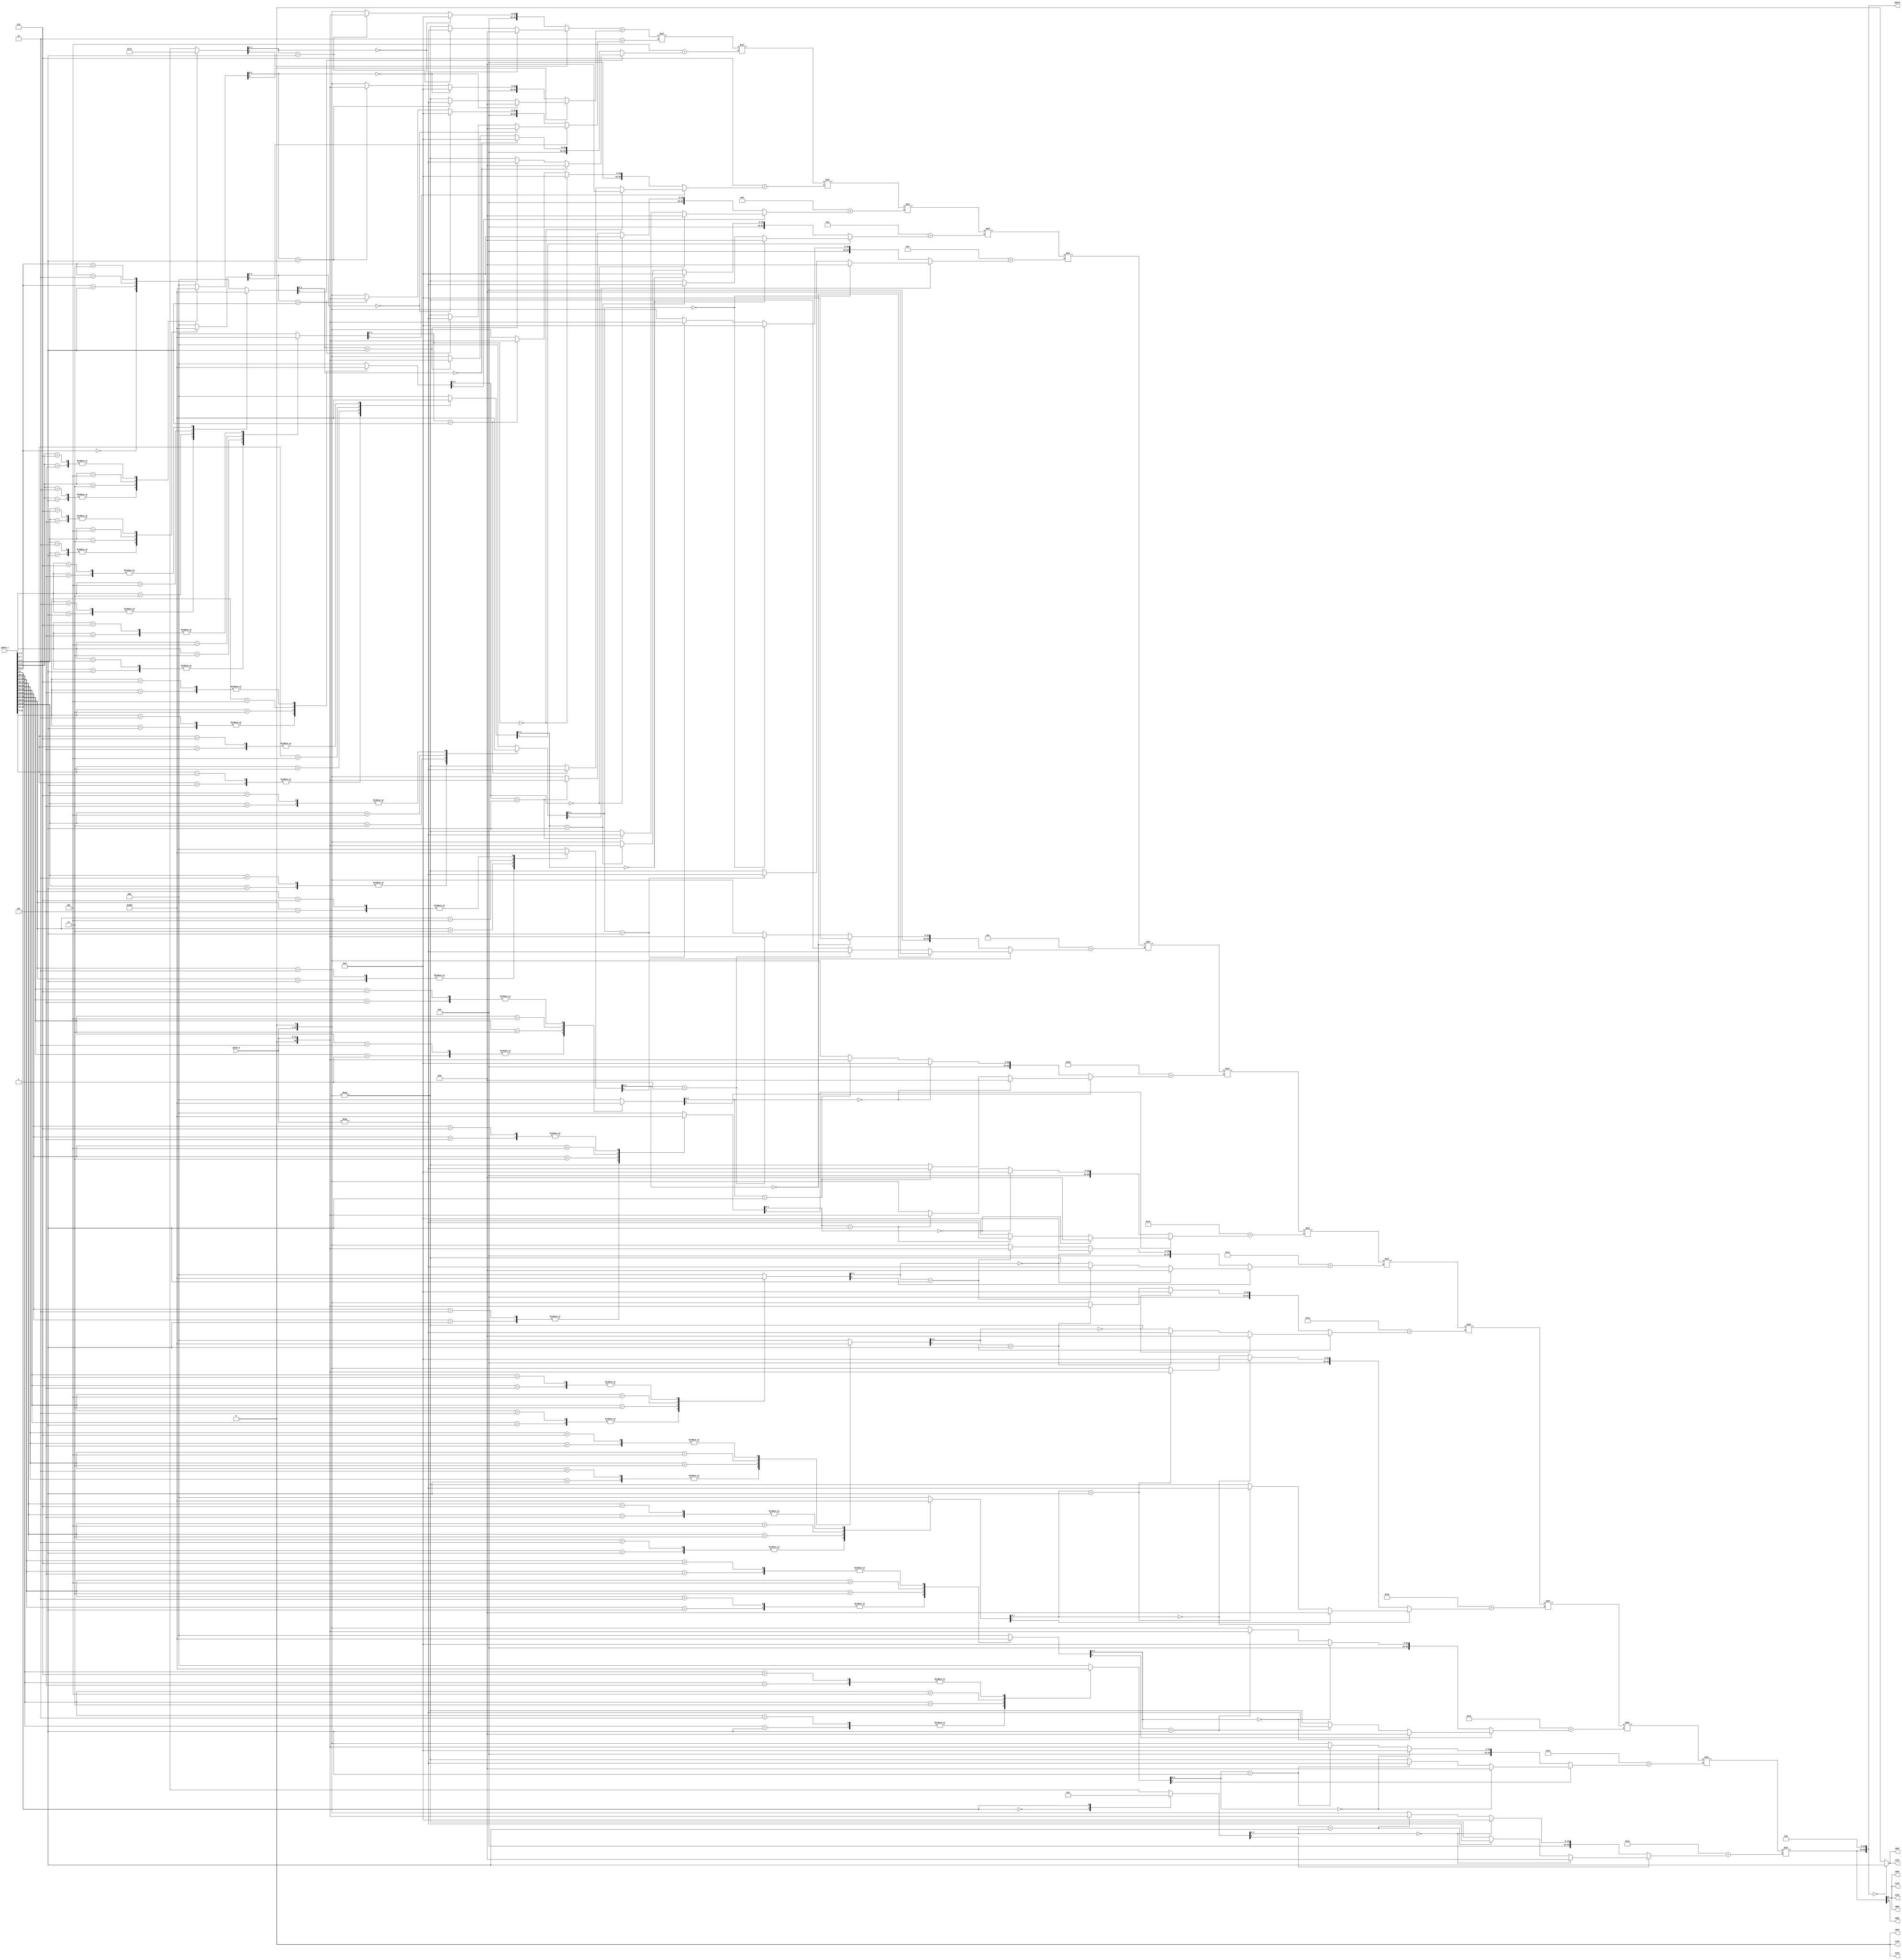
module execute_mul_booth32(
		//iDATA
		input wire [31:0] iDATA_0,
		input wire [31:0] iDATA_1,
		//oDATA
		output wire [63:0] oDATA,
		output wire oHSF,
		output wire oHOF,				
		output wire oHCF,
		output wire oHPF,
		output wire oHZF,
		output wire oLSF,
		output wire oLOF,				
		output wire oLCF,
		output wire oLPF,
		output wire oLZF
	);
				

	/****************************************
	wire
	****************************************/
	wire [63:0] w_tmp_out;
	wire [63:0] w0_tmp;
	wire [63:0] w1_tmp;
	wire [63:0] w2_tmp;
	wire [63:0] w3_tmp;
	wire [63:0] w4_tmp;
	wire [63:0] w5_tmp;
	wire [63:0] w6_tmp;
	wire [63:0] w7_tmp;
	wire [63:0] w8_tmp;
	wire [63:0] w9_tmp;
	wire [63:0] w10_tmp;
	wire [63:0] w11_tmp;
	wire [63:0] w12_tmp;
	wire [63:0] w13_tmp;
	wire [63:0] w14_tmp;
	wire [63:0] w15_tmp;
	wire [63:0] w16_tmp;


	/****************************************
	Booth - Encoder
	****************************************/
	assign w0_tmp = func_booth_algorithm(iDATA_0, iDATA_1[1], iDATA_1[0], 1'b0);
	assign w1_tmp = func_booth_algorithm(iDATA_0, iDATA_1[3], iDATA_1[2], iDATA_1[1]);
	assign w2_tmp = func_booth_algorithm(iDATA_0, iDATA_1[5], iDATA_1[4], iDATA_1[3]);
	assign w3_tmp = func_booth_algorithm(iDATA_0, iDATA_1[7], iDATA_1[6], iDATA_1[5]);
	assign w4_tmp = func_booth_algorithm(iDATA_0, iDATA_1[9], iDATA_1[8], iDATA_1[7]);
	assign w5_tmp = func_booth_algorithm(iDATA_0, iDATA_1[11], iDATA_1[10], iDATA_1[9]);
	assign w6_tmp = func_booth_algorithm(iDATA_0, iDATA_1[13], iDATA_1[12], iDATA_1[11]);
	assign w7_tmp = func_booth_algorithm(iDATA_0, iDATA_1[15], iDATA_1[14], iDATA_1[13]);
	assign w8_tmp = func_booth_algorithm(iDATA_0, iDATA_1[17], iDATA_1[16], iDATA_1[15]);
	assign w9_tmp = func_booth_algorithm(iDATA_0, iDATA_1[19], iDATA_1[18], iDATA_1[17]);
	assign w10_tmp = func_booth_algorithm(iDATA_0, iDATA_1[21], iDATA_1[20], iDATA_1[19]);
	assign w11_tmp = func_booth_algorithm(iDATA_0, iDATA_1[23], iDATA_1[22], iDATA_1[21]);
	assign w12_tmp = func_booth_algorithm(iDATA_0, iDATA_1[25], iDATA_1[24], iDATA_1[23]);
	assign w13_tmp = func_booth_algorithm(iDATA_0, iDATA_1[27], iDATA_1[26], iDATA_1[25]);
	assign w14_tmp = func_booth_algorithm(iDATA_0, iDATA_1[29], iDATA_1[28], iDATA_1[27]);
	assign w15_tmp = func_booth_algorithm(iDATA_0, iDATA_1[31], iDATA_1[30], iDATA_1[29]);
	assign w16_tmp = func_booth_algorithm(iDATA_0, 1'b0, 1'b0, iDATA_1[31]);


	/****************************************
	Booth - Exeout
	****************************************/
	assign w_tmp_out = w0_tmp + w1_tmp<<2 + w2_tmp<<4 + w3_tmp<<6 + 
						w4_tmp<<8 + w5_tmp<<10 + w6_tmp<<12 + w7_tmp<<14 + 
						w8_tmp<<16 + w9_tmp<<18 + w10_tmp<<20 + w11_tmp<<22 + 
						w12_tmp<<24 + w13_tmp<<26 + w14_tmp<<28 + w15_tmp<<30 + w16_tmp<<32;

				
	function [63:0] func_booth_algorithm;
		input [31:0] func_booth_algorithm_a;
		input func_booth_algorithm_b2;
		input func_booth_algorithm_b1;
		input func_booth_algorithm_b0;
		reg [2:0] reg_func_booth_algorithm_tmp;
		reg [2:0] reg_func_booth_algorithm_cmd;
		begin
			reg_func_booth_algorithm_tmp = {func_booth_algorithm_b2, func_booth_algorithm_b1, func_booth_algorithm_b0};
			case(reg_func_booth_algorithm_tmp)
				3'h0 : reg_func_booth_algorithm_cmd = 3'h0;
				3'h1 : reg_func_booth_algorithm_cmd = 3'h1;
				3'h2 : reg_func_booth_algorithm_cmd = 3'h1;
				3'h3 : reg_func_booth_algorithm_cmd = 3'h2;
				3'h4 : reg_func_booth_algorithm_cmd = {1'b1, 2'h2};
				3'h5 : reg_func_booth_algorithm_cmd = {1'b1, 2'h1};
				3'h6 : reg_func_booth_algorithm_cmd = {1'b1, 2'h1};
				default : reg_func_booth_algorithm_cmd = 3'h0;
			endcase
			if(reg_func_booth_algorithm_cmd[2] == 0)begin
				//Plus
				if(reg_func_booth_algorithm_cmd[1:0] == 2'h0)begin
					func_booth_algorithm = {32{1'b0}};
				end
				else if(reg_func_booth_algorithm_cmd[1:0] == 2'h1)begin
					func_booth_algorithm = {{32{1'b0}}, func_booth_algorithm_a};
				end
				else begin
					func_booth_algorithm = {{32{1'b0}}, func_booth_algorithm_a} << 1;
				end
			end
			else begin
				if(reg_func_booth_algorithm_cmd[1:0] == 2'h0)begin
					func_booth_algorithm = {32{1'b0}};
				end
				else if(reg_func_booth_algorithm_cmd[1:0] == 2'h1)begin
					func_booth_algorithm = -{{32{1'b0}}, func_booth_algorithm_a};//(~{{32{1'b0}}, func_booth_algorithm_a}) + {{63{1'b0}}, 1'b1};
				end
				else begin
					func_booth_algorithm = -({{32{1'b0}}, func_booth_algorithm_a} << 1);//(~({{32{1'b0}}, func_booth_algorithm_a} << 1)) + {{63{1'b0}}, 1'b1};
				end
			end
		end
	endfunction	
	
	/****************************************
	Assign
	****************************************/
	assign oDATA = w_tmp_out;
	assign oLSF = w_tmp_out[31];
	assign oLCF = w_tmp_out[32];
	assign oLOF = w_tmp_out[32] ^ w_tmp_out[31];
	assign oLPF = w_tmp_out[0];
	assign oLZF = (w_tmp_out == {64{1'b0}})? 1'b1 : 1'b0;	//(w_tmp_out[32:0] == {33{1'b0}})? 1'b1 : 1'b0;
	assign oHSF = w_tmp_out[32];
	assign oHCF = 1'b0;
	assign oHOF = w_tmp_out[63];
	assign oHPF = w_tmp_out[32];
	assign oHZF = (w_tmp_out == {64{1'b0}})? 1'b1 : 1'b0;	//(w_tmp_out == {64{1'b0}})? 1'b1 : 1'b0;
		
endmodule